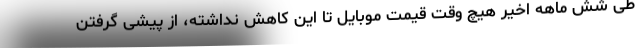
طی شش ماهه اخیر هیچ وقت قیمت موبایل تا این کاهش نداشته، از پیشی گرفتن